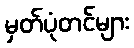
မှတ်ပုံတင်များ